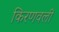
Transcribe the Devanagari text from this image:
किरणवली